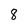
Character: 8